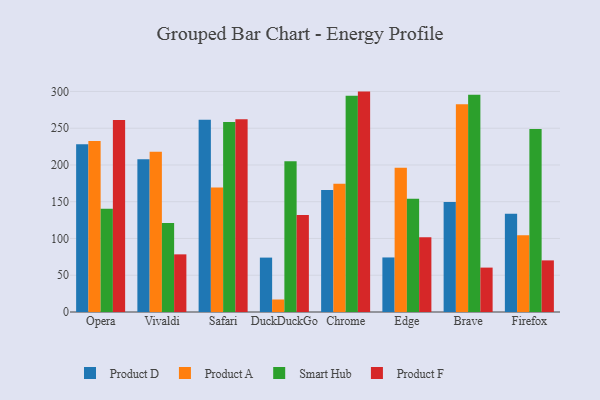
{"axis": {"x": "Browser", "y": "Revenue (USD Million)"}, "legend": ["Product A", "Product D", "Product F", "Smart Hub"], "data": [{"x": "Opera", "y": 228.1, "type": "Product D"}, {"x": "Opera", "y": 232.5, "type": "Product A"}, {"x": "Opera", "y": 140.5, "type": "Smart Hub"}, {"x": "Opera", "y": 261.3, "type": "Product F"}, {"x": "Vivaldi", "y": 207.9, "type": "Product D"}, {"x": "Vivaldi", "y": 218.0, "type": "Product A"}, {"x": "Vivaldi", "y": 121.1, "type": "Smart Hub"}, {"x": "Vivaldi", "y": 78.4, "type": "Product F"}, {"x": "Safari", "y": 261.6, "type": "Product D"}, {"x": "Safari", "y": 169.3, "type": "Product A"}, {"x": "Safari", "y": 258.6, "type": "Smart Hub"}, {"x": "Safari", "y": 262.3, "type": "Product F"}, {"x": "DuckDuckGo", "y": 74.0, "type": "Product D"}, {"x": "DuckDuckGo", "y": 17.0, "type": "Product A"}, {"x": "DuckDuckGo", "y": 205.2, "type": "Smart Hub"}, {"x": "DuckDuckGo", "y": 131.9, "type": "Product F"}, {"x": "Chrome", "y": 165.9, "type": "Product D"}, {"x": "Chrome", "y": 174.3, "type": "Product A"}, {"x": "Chrome", "y": 294.3, "type": "Smart Hub"}, {"x": "Chrome", "y": 299.8, "type": "Product F"}, {"x": "Edge", "y": 74.2, "type": "Product D"}, {"x": "Edge", "y": 196.1, "type": "Product A"}, {"x": "Edge", "y": 154.0, "type": "Smart Hub"}, {"x": "Edge", "y": 101.8, "type": "Product F"}, {"x": "Brave", "y": 149.5, "type": "Product D"}, {"x": "Brave", "y": 282.6, "type": "Product A"}, {"x": "Brave", "y": 295.4, "type": "Smart Hub"}, {"x": "Brave", "y": 60.4, "type": "Product F"}, {"x": "Firefox", "y": 133.6, "type": "Product D"}, {"x": "Firefox", "y": 104.4, "type": "Product A"}, {"x": "Firefox", "y": 249.0, "type": "Smart Hub"}, {"x": "Firefox", "y": 70.2, "type": "Product F"}]}